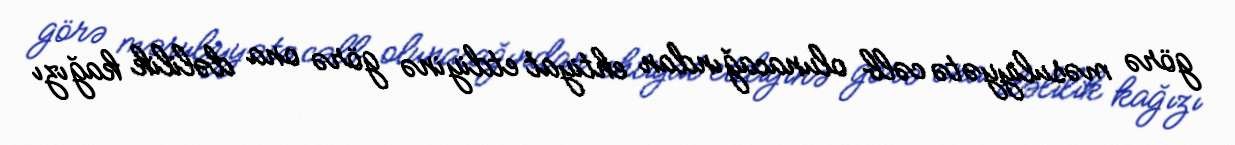
görə məsuliyyətə cəlb olunacağından ehtiyat etdiyinə görə ona dəlilik kağızı